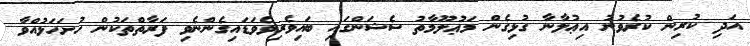
އަދި ކުރިން ކުރެވުނު އިޢުލާނާ ގުޅިގެން މަޢުލޫމާތު ސެޝަންގައި ބައިވެރިވެވަޑައިގެންނެވި ފަރާތްތަކުން ހުށަހަޅުއްވާ